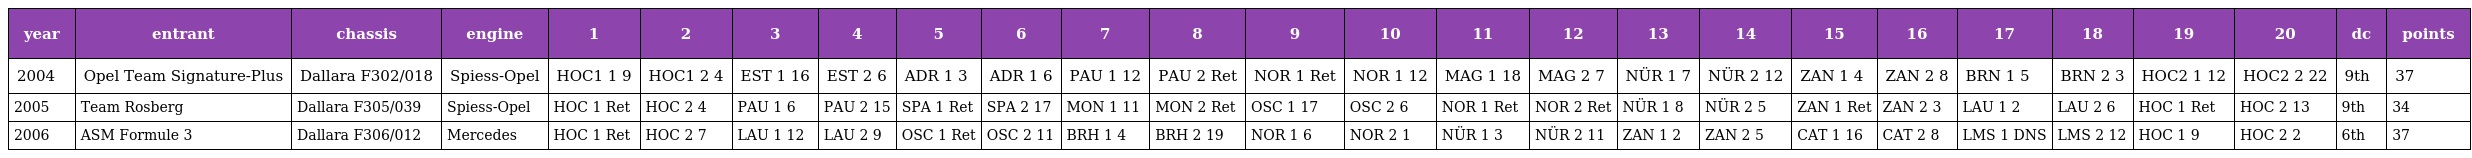
| year | entrant | chassis | engine | 1 | 2 | 3 | 4 | 5 | 6 | 7 | 8 | 9 | 10 | 11 | 12 | 13 | 14 | 15 | 16 | 17 | 18 | 19 | 20 | dc | points |
 | --- | --- | --- | --- | --- | --- | --- | --- | --- | --- | --- | --- | --- | --- | --- | --- | --- | --- | --- | --- | --- | --- | --- | --- | --- | --- |
 | 2004 | Opel Team Signature-Plus | Dallara F302/018 | Spiess-Opel | HOC1 1 9 | HOC1 2 4 | EST 1 16 | EST 2 6 | ADR 1 3 | ADR 1 6 | PAU 1 12 | PAU 2 Ret | NOR 1 Ret | NOR 1 12 | MAG 1 18 | MAG 2 7 | NÜR 1 7 | NÜR 2 12 | ZAN 1 4 | ZAN 2 8 | BRN 1 5 | BRN 2 3 | HOC2 1 12 | HOC2 2 22 | 9th | 37 |
 | 2005 | Team Rosberg | Dallara F305/039 | Spiess-Opel | HOC 1 Ret | HOC 2 4 | PAU 1 6 | PAU 2 15 | SPA 1 Ret | SPA 2 17 | MON 1 11 | MON 2 Ret | OSC 1 17 | OSC 2 6 | NOR 1 Ret | NOR 2 Ret | NÜR 1 8 | NÜR 2 5 | ZAN 1 Ret | ZAN 2 3 | LAU 1 2 | LAU 2 6 | HOC 1 Ret | HOC 2 13 | 9th | 34 |
 | 2006 | ASM Formule 3 | Dallara F306/012 | Mercedes | HOC 1 Ret | HOC 2 7 | LAU 1 12 | LAU 2 9 | OSC 1 Ret | OSC 2 11 | BRH 1 4 | BRH 2 19 | NOR 1 6 | NOR 2 1 | NÜR 1 3 | NÜR 2 11 | ZAN 1 2 | ZAN 2 5 | CAT 1 16 | CAT 2 8 | LMS 1 DNS | LMS 2 12 | HOC 1 9 | HOC 2 2 | 6th | 37 |